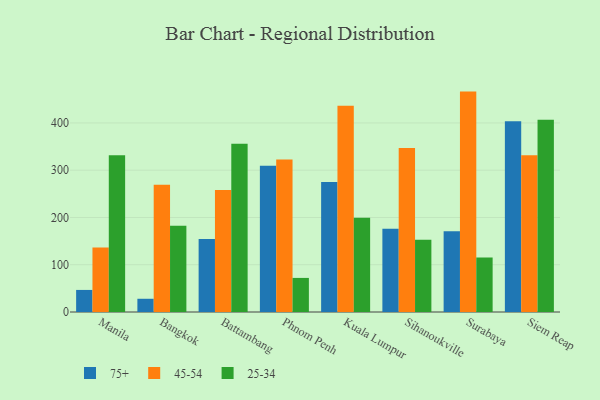
{"axis": {"x": "City", "y": "Net Income (USD K)"}, "legend": ["25-34", "45-54", "75+"], "data": [{"x": "Manila", "y": 46.7, "type": "75+"}, {"x": "Manila", "y": 136.7, "type": "45-54"}, {"x": "Manila", "y": 331.8, "type": "25-34"}, {"x": "Bangkok", "y": 28.0, "type": "75+"}, {"x": "Bangkok", "y": 269.0, "type": "45-54"}, {"x": "Bangkok", "y": 182.3, "type": "25-34"}, {"x": "Battambang", "y": 154.4, "type": "75+"}, {"x": "Battambang", "y": 258.3, "type": "45-54"}, {"x": "Battambang", "y": 355.9, "type": "25-34"}, {"x": "Phnom Penh", "y": 309.6, "type": "75+"}, {"x": "Phnom Penh", "y": 322.4, "type": "45-54"}, {"x": "Phnom Penh", "y": 72.1, "type": "25-34"}, {"x": "Kuala Lumpur", "y": 274.9, "type": "75+"}, {"x": "Kuala Lumpur", "y": 436.5, "type": "45-54"}, {"x": "Kuala Lumpur", "y": 199.3, "type": "25-34"}, {"x": "Sihanoukville", "y": 176.1, "type": "75+"}, {"x": "Sihanoukville", "y": 347.1, "type": "45-54"}, {"x": "Sihanoukville", "y": 152.7, "type": "25-34"}, {"x": "Surabaya", "y": 170.7, "type": "75+"}, {"x": "Surabaya", "y": 466.3, "type": "45-54"}, {"x": "Surabaya", "y": 115.4, "type": "25-34"}, {"x": "Siem Reap", "y": 403.5, "type": "75+"}, {"x": "Siem Reap", "y": 331.4, "type": "45-54"}, {"x": "Siem Reap", "y": 406.9, "type": "25-34"}]}